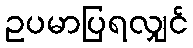
ဥပမာပြရလျှင်